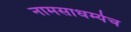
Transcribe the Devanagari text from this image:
नामसाधर्म्यच